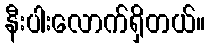
နီးပါးလောက်ရှိတယ်။